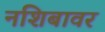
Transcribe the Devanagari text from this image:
नशिबावर